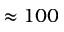
\approx 1 0 0